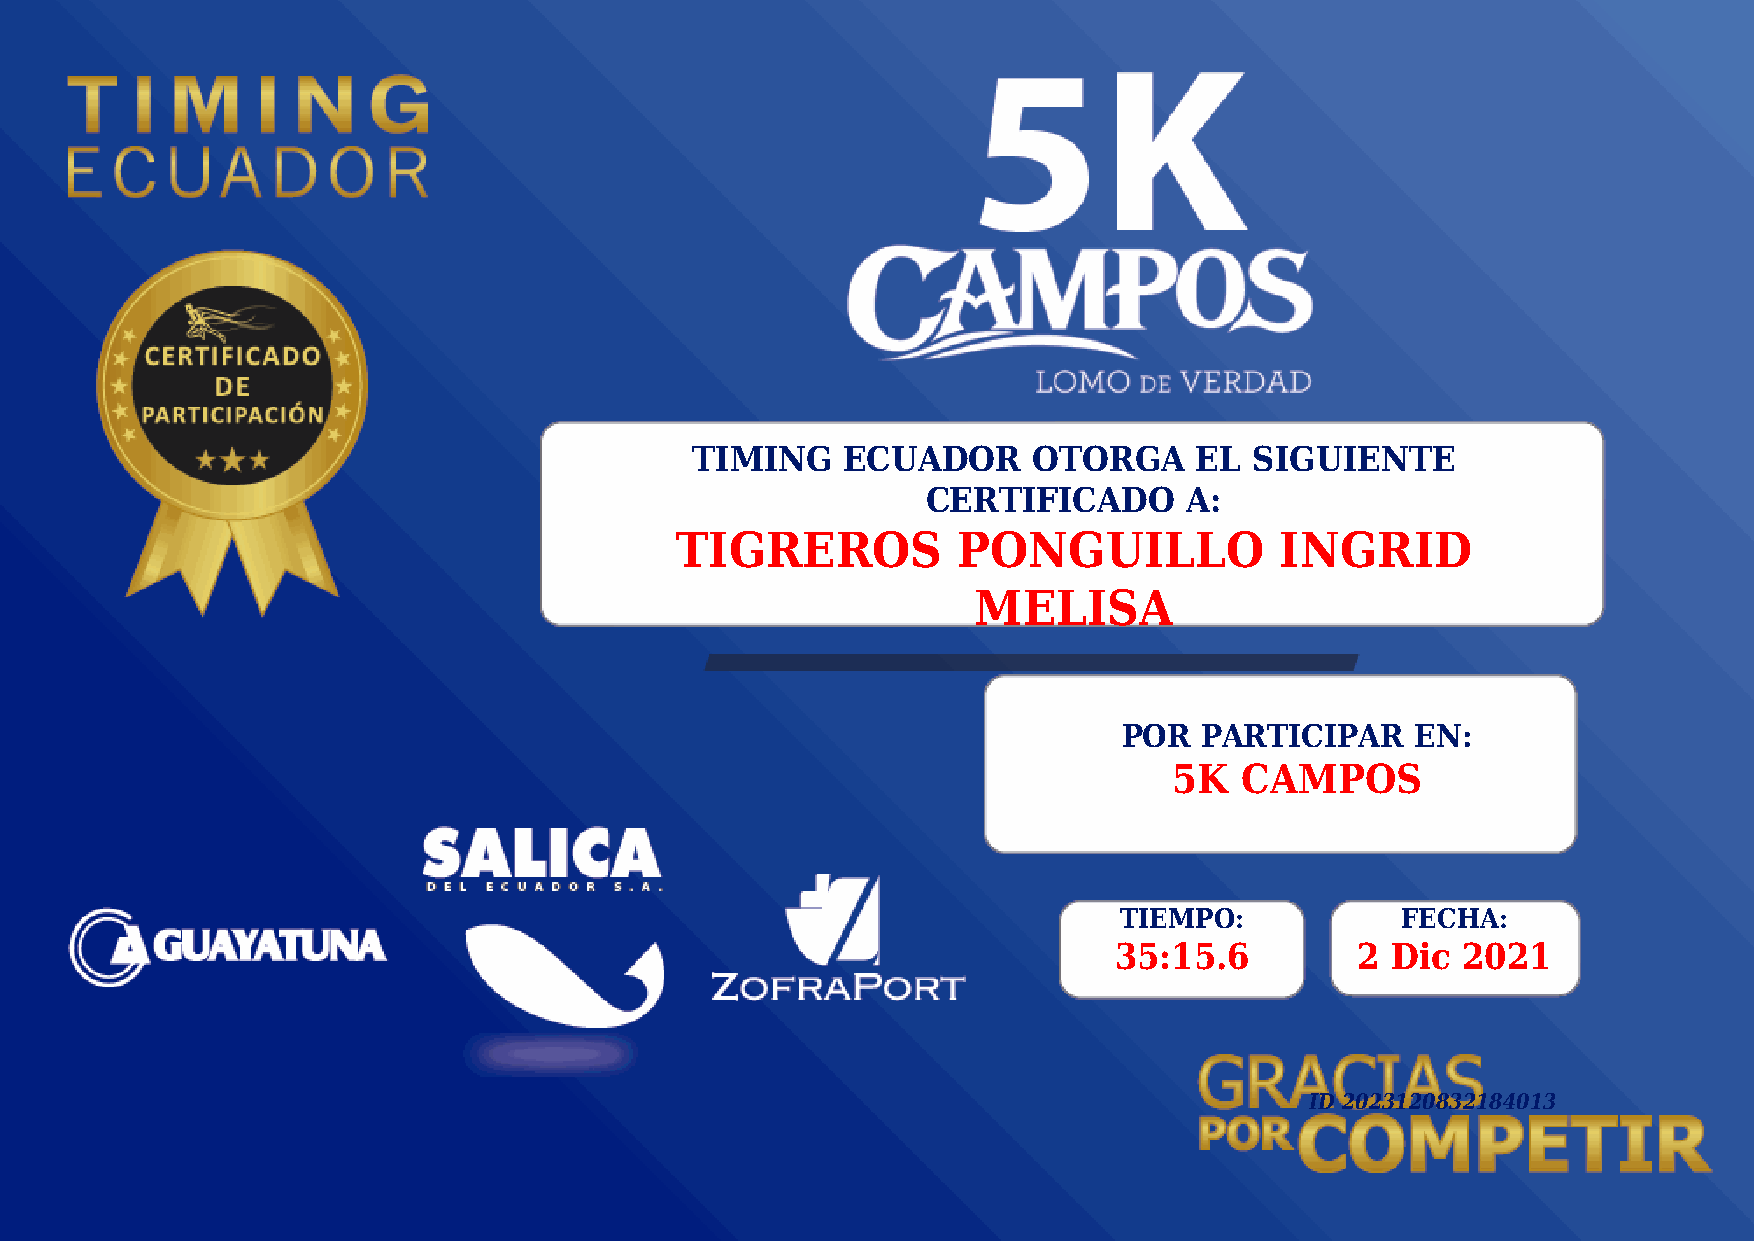
TIMING    ECUADOR     OTORGA     EL  SIGUIENTE
 CERTIFICADO       A:
 TIGREROS          PONGUILLO             INGRID
 MELISA
 POR   PARTICIPAR    EN:
 5K  CAMPOS
 TIEMPO:            FECHA:
 35:15.6         2 Dic  2021
 ID 2023120832184013